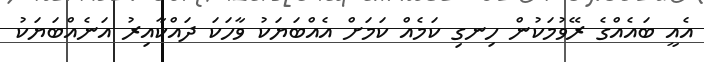
އެއީ ބައެއްގެ ރޭވުމަކުން ހިނގި ކަމެއް ކަމަށް އެއްބަޔަކު ވާހަކަ ދައްކާއިރު އަނެއްބަޔަކު